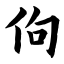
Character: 佝